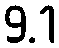
9.1